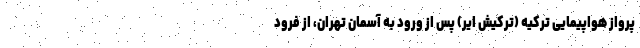
پرواز هواپیمایی ترکیه (ترکیش ایر) پس از ورود به آسمان تهران، از فرود